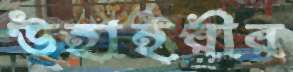
উহাইরীর